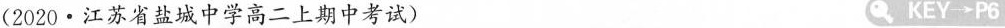
(2020·江苏省盐城中学高二上期中考试) KEY\longrightarrow P6